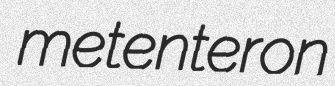
metenteron